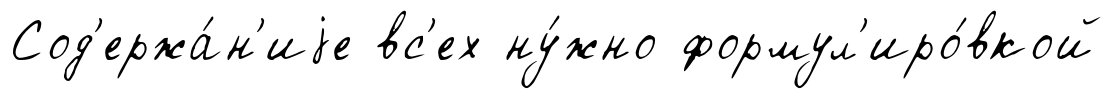
Сод'ержа́н'иjе вс'ех ну́жно формул'иро́вкой